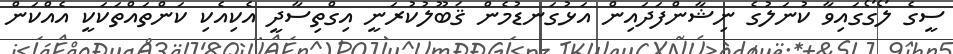
ސީގެ ލޯގޯގައިވާ ކުނަލުގެ ނިޝާންފަދައިން އަޅުގަނޑުމެން ޤަބޫލުކުރަނީ އިގްތިސާދީ އެކިއެކި ކަންތައްތަކަކީ އެއްކަން